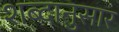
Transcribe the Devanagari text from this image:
शब्दानुसार